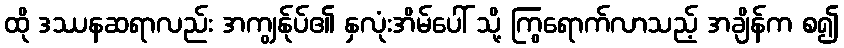
ထို ဒဿနဆရာလည်း အကျွန်ုပ်၏ နှလုံးအိမ်ပေါ် သို့ ကြွရောက်လာသည့် အချိန်က စ၍